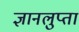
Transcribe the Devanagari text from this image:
ज्ञानलुप्ता